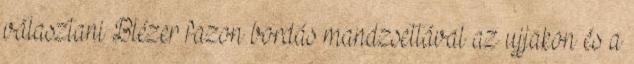
választani Blézer fazon bordás mandzsettával az ujjakon és a